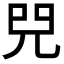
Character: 𠒅